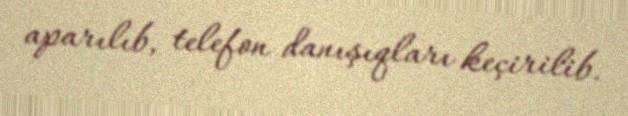
aparılıb, telefon danışıqları keçirilib.